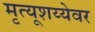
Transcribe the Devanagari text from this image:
मृत्यूशय्येवर